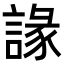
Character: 䛹